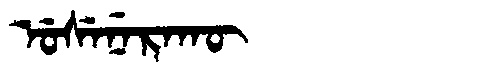
Manchu: ᡠᠰᡝᠨᡝᡵᠠᡴᡡ
Romanization: USENERAKŪ